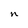
Character: n